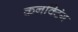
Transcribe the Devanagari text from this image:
कनक्टिंग